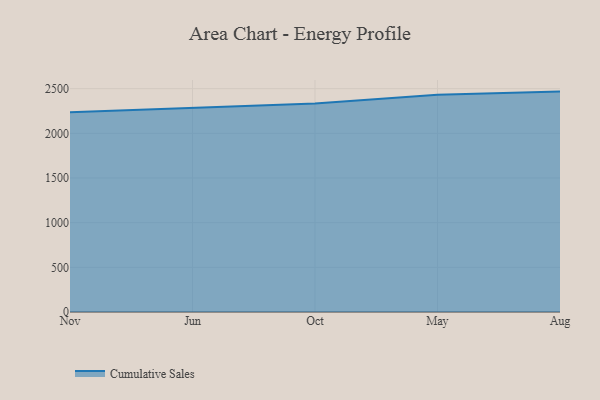
{"axis": {"x": "Month", "y": "Demand Index"}, "legend": ["Cumulative Sales"], "data": [{"x": "Nov", "y": 2235.7, "type": "Cumulative Sales"}, {"x": "Jun", "y": 2282.0, "type": "Cumulative Sales"}, {"x": "Oct", "y": 2332.8, "type": "Cumulative Sales"}, {"x": "May", "y": 2432.0, "type": "Cumulative Sales"}, {"x": "Aug", "y": 2467.1, "type": "Cumulative Sales"}]}